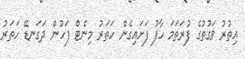
އިތުރު ވަގުތުގެ ފުރަތަމަ ހާފު ފަށައިގެން ހަތަރު މިނެޓް ފަހުން ދަގަނޑޭ ހަތަރު